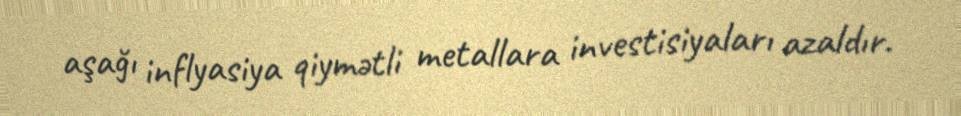
aşağı inflyasiya qiymətli metallara investisiyaları azaldır.